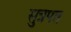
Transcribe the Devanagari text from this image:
सुत्रपत